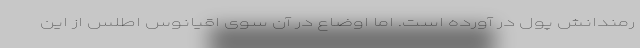
رمندانش پول در آورده است. اما اوضاع در آن سوی اقیانوس اطلس از این